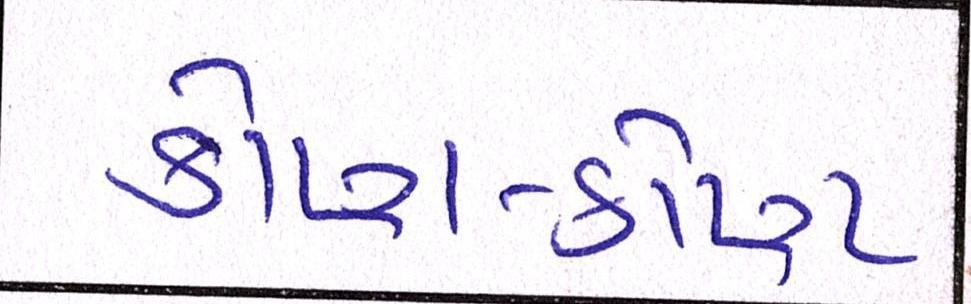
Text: કોણ-કોણ